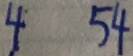
4 5 4